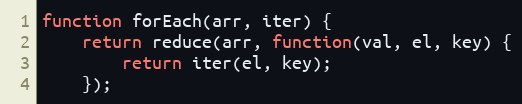
Language: JavaScript
function forEach(arr, iter) {
    return reduce(arr, function(val, el, key) {
        return iter(el, key);
    });